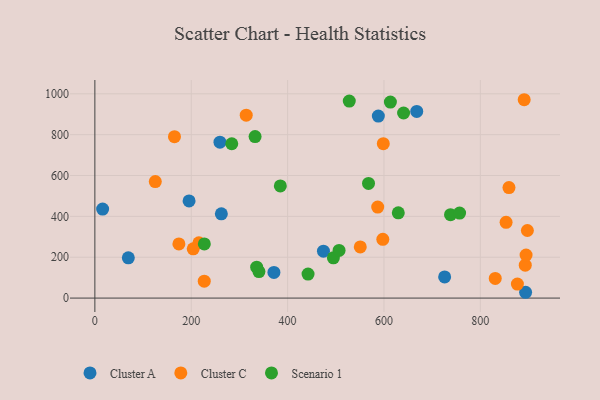
{"axis": {"x": "Study Hours", "y": "Rating"}, "legend": ["Cluster A", "Cluster C", "Scenario 1"], "data": [{"x": "893.9", "y": 28.4, "type": "Cluster A"}, {"x": "668.0", "y": 913.8, "type": "Cluster A"}, {"x": "474.4", "y": 229.4, "type": "Cluster A"}, {"x": "371.6", "y": 125.8, "type": "Cluster A"}, {"x": "69.4", "y": 197.2, "type": "Cluster A"}, {"x": "588.3", "y": 891.2, "type": "Cluster A"}, {"x": "259.6", "y": 763.0, "type": "Cluster A"}, {"x": "262.5", "y": 412.4, "type": "Cluster A"}, {"x": "725.9", "y": 103.4, "type": "Cluster A"}, {"x": "195.5", "y": 475.5, "type": "Cluster A"}, {"x": "16.1", "y": 435.7, "type": "Cluster A"}, {"x": "125.4", "y": 570.4, "type": "Cluster C"}, {"x": "587.0", "y": 445.7, "type": "Cluster C"}, {"x": "215.9", "y": 270.3, "type": "Cluster C"}, {"x": "891.0", "y": 971.0, "type": "Cluster C"}, {"x": "314.1", "y": 895.5, "type": "Cluster C"}, {"x": "227.0", "y": 82.6, "type": "Cluster C"}, {"x": "893.2", "y": 161.2, "type": "Cluster C"}, {"x": "174.4", "y": 265.2, "type": "Cluster C"}, {"x": "859.4", "y": 541.1, "type": "Cluster C"}, {"x": "204.1", "y": 241.0, "type": "Cluster C"}, {"x": "550.8", "y": 250.6, "type": "Cluster C"}, {"x": "598.6", "y": 756.0, "type": "Cluster C"}, {"x": "897.6", "y": 330.8, "type": "Cluster C"}, {"x": "830.9", "y": 96.3, "type": "Cluster C"}, {"x": "165.2", "y": 790.2, "type": "Cluster C"}, {"x": "894.9", "y": 210.7, "type": "Cluster C"}, {"x": "853.4", "y": 370.6, "type": "Cluster C"}, {"x": "876.9", "y": 68.4, "type": "Cluster C"}, {"x": "597.6", "y": 287.5, "type": "Cluster C"}, {"x": "738.1", "y": 408.1, "type": "Scenario 1"}, {"x": "284.1", "y": 755.6, "type": "Scenario 1"}, {"x": "335.8", "y": 151.4, "type": "Scenario 1"}, {"x": "567.9", "y": 561.5, "type": "Scenario 1"}, {"x": "442.4", "y": 117.3, "type": "Scenario 1"}, {"x": "495.0", "y": 197.1, "type": "Scenario 1"}, {"x": "613.3", "y": 959.6, "type": "Scenario 1"}, {"x": "629.7", "y": 417.2, "type": "Scenario 1"}, {"x": "640.7", "y": 905.9, "type": "Scenario 1"}, {"x": "756.9", "y": 416.0, "type": "Scenario 1"}, {"x": "384.9", "y": 549.2, "type": "Scenario 1"}, {"x": "227.2", "y": 265.1, "type": "Scenario 1"}, {"x": "528.0", "y": 964.2, "type": "Scenario 1"}, {"x": "332.5", "y": 790.4, "type": "Scenario 1"}, {"x": "340.5", "y": 129.7, "type": "Scenario 1"}, {"x": "506.8", "y": 233.3, "type": "Scenario 1"}]}